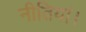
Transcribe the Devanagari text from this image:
नीतियां।